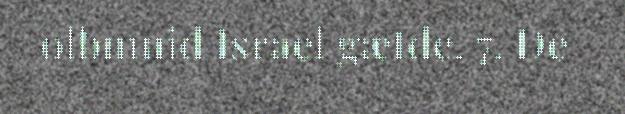
olbmuid Israel gætde. 7. De